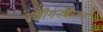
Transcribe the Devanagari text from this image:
त्सीगनबाल्ग